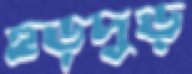
হুড়দুড়